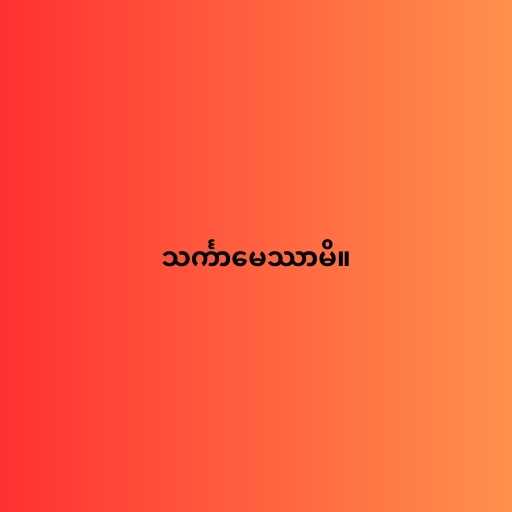
သင်္ကာမေဿာမိ။